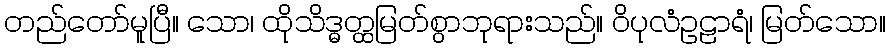
တည်တော်မူပြီ။ သော၊ ထိုသိဒ္ဓတ္ထမြတ်စွာဘုရားသည်။ ဝိပုလံဥဠာရံ၊ မြတ်သော။